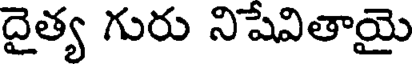
దైత్య గురు నిషేవితాయై